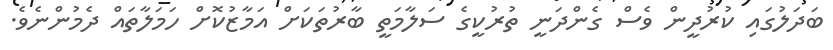
ބަދަލުގައި ކުރުދީން ވެސް ގެންދަނީ ތުރުކީގެ ސަލާމަތީ ބާރުތަކަށް އަމާޒުކޮށް ހަމަލާތައް ދެމުންނެވެ.